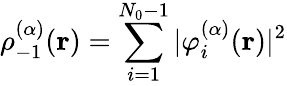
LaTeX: \rho_{-1}^{(\alpha)}(\mathbf{r})=\sum_{i=1}^{N_{0}-1}|\varphi_{i}^{(\alpha)}(\mathbf{r})|^{2}